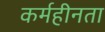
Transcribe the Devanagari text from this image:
कर्महीनता